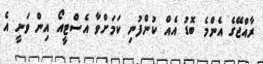
ރާއްޖޭގެ އެންމެ ބޮޑު އެއް ކުންފުނި ކަމަށްވާ އެސްޓީއޯ އިން ވަނީ އެ